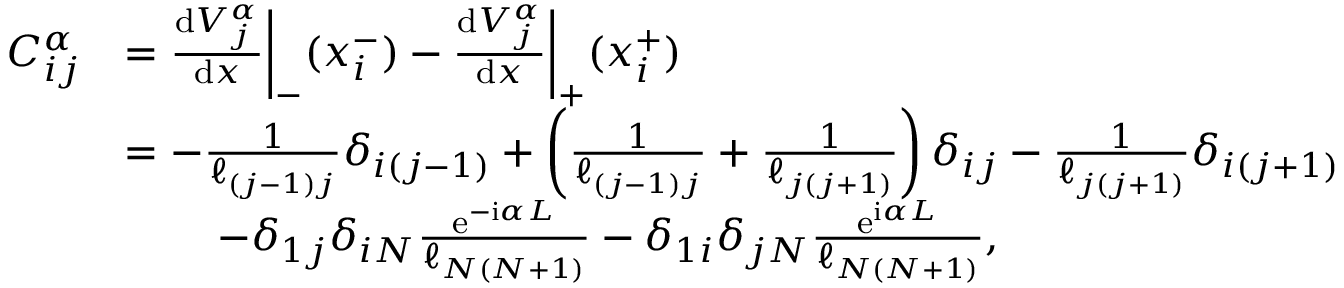
\begin{array} { r l } { C _ { i j } ^ { \alpha } } & { = \frac { \mathrm { d } V _ { j } ^ { \alpha } } { \mathrm { d } x } \bigg \vert _ { - } ( x _ { i } ^ { - } ) - \frac { \mathrm { d } V _ { j } ^ { \alpha } } { \mathrm { d } x } \bigg \vert _ { + } ( x _ { i } ^ { + } ) } \\ & { = - \frac { 1 } { \ell _ { ( j - 1 ) j } } \delta _ { i ( j - 1 ) } + \left( \frac { 1 } { \ell _ { ( j - 1 ) j } } + \frac { 1 } { \ell _ { j ( j + 1 ) } } \right) \delta _ { i j } - \frac { 1 } { \ell _ { j ( j + 1 ) } } \delta _ { i ( j + 1 ) } } \\ & { \, \quad \quad - \delta _ { 1 j } \delta _ { i N } \frac { \mathrm { e } ^ { - \mathrm { i } \alpha L } } { \ell _ { N ( N + 1 ) } } - \delta _ { 1 i } \delta _ { j N } \frac { \mathrm { e } ^ { \mathrm { i } \alpha L } } { \ell _ { N ( N + 1 ) } } , } \end{array}